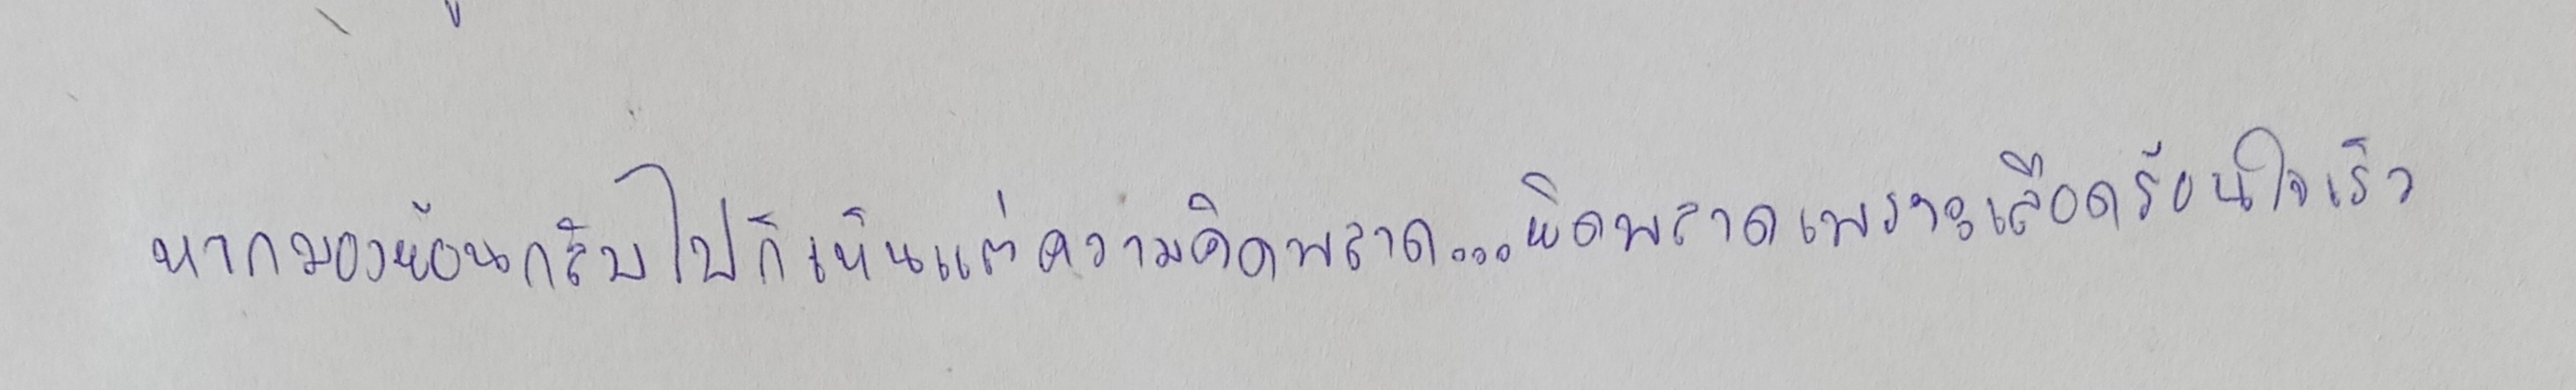
หากมองย้อนกลับไปก็เห็นแต่ความคิดพลาด...ผิดพลาดเพราะเลือดร้อนใจเร็ว